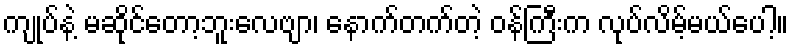
ကျုပ်နဲ့ မဆိုင်တော့ဘူးလေဗျာ၊ နောက်တက်တဲ့ ဝန်ကြီးက လုပ်လိမ့်မယ်ပေါ့။